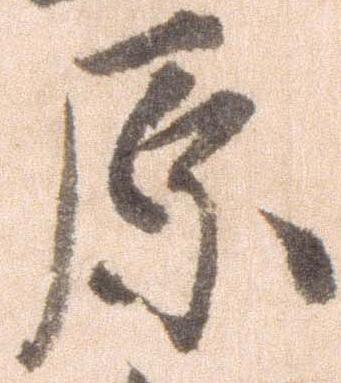
原